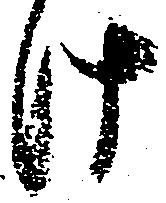
け